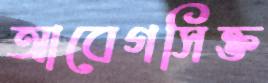
আবেগসিক্ত